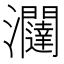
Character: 𭳽